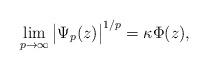
LaTeX: \begin{align*}\lim_{p\to\infty}\big|\Psi_p(z)\big|^{1/p}=\kappa \Phi(z),\end{align*}